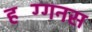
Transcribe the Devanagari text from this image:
हग्गिंनस